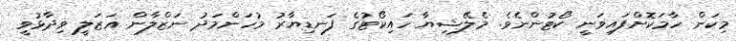
މިކަން ހާމަކޮށްފައިވަނީ ކޯޓުންނެވެ. މެލޭޝިޔާ ހައިކޯޓުގެ ފަނޑިޔާރު މުހަންމަދު ނަޒްލާން ޣަޒަލީ ވިދާޅުވީ